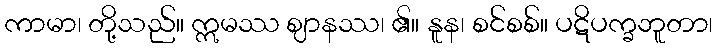
ကာမာ၊ တို့သည်။ ဣမဿ ဈာနဿ၊ ၏။ နူန၊ စင်စစ်။ ပဋိပက္ခဘူတာ၊